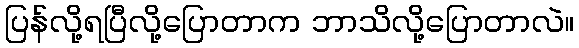
ပြန်လို့ရပြီလို့ပြောတာက ဘာသိလို့ပြောတာလဲ။